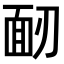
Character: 𩈄